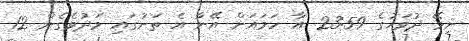
ނިމޭ ދުވަހުގެ 23:59 އާ ހަމައަށް އޭނާ އެ ތަނުގައި މަދުވެގެން 12